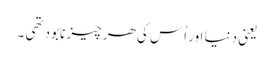
یعنی دنیا اور اُس کی ھر چیز نابود تھی ۔